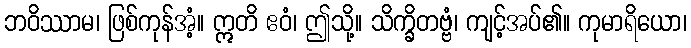
ဘဝိဿာမ၊ ဖြစ်ကုန်အံ့။ ဣတိ ဧဝံ၊ ဤသို့။ သိက္ခိတဗ္ဗံ၊ ကျင့်အပ်၏။ ကုမာရိယော၊